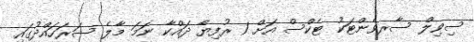
ސިވިލް ސާރވެންޓަކު ޓެކްސް އަށް 1 ރުފިޔާ ދައްކާ ނަމަ މާލެ ސަރަހައްދުގައި